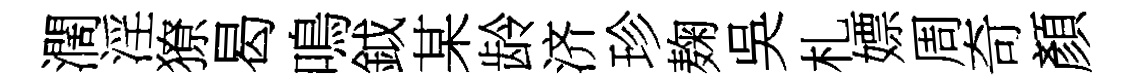
濶淫獠曷鳴鉞某龄济珍麹吳札嫖周奇顏